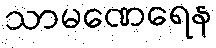
သာမဏေရေန